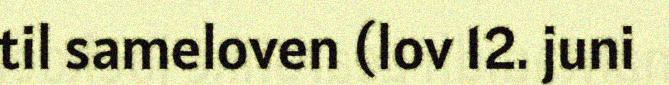
til sameloven (lov 12. juni